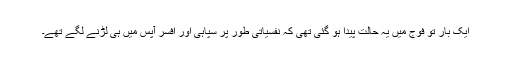
ایک بار تو فوج میں یہ حالت پیدا ہو گئی تھی کہ نفسیاتی طور پر سپاہی اور افسر آپس میں ہی لڑنے لگے تھے۔